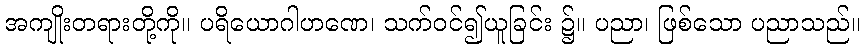
အကျိုးတရားတို့ကို။ ပရိယောဂါဟဏေ၊ သက်ဝင်၍ယူခြင်း ၌။ ပညာ၊ ဖြစ်သော ပညာသည်။